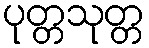
ပုတ္တသုတ္တ